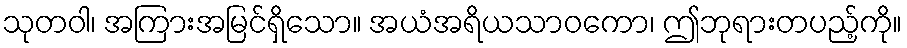
သုတဝါ၊ အကြားအမြင်ရှိသော။ အယံအရိယသာဝကော၊ ဤဘုရားတပည့်ကို။